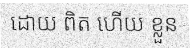
ដោយ ពិត ហើយ ខ្លួន